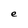
Character: e